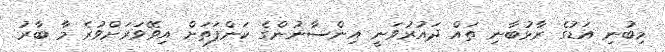
މިބުނި އަޑުގެ ރާޅުބާނި ތައް ދައުރުވަނީ އިންސާނުންގެ ކަންފަތަށް އިވޭވަރަށްވުރެ މާ ބާރު